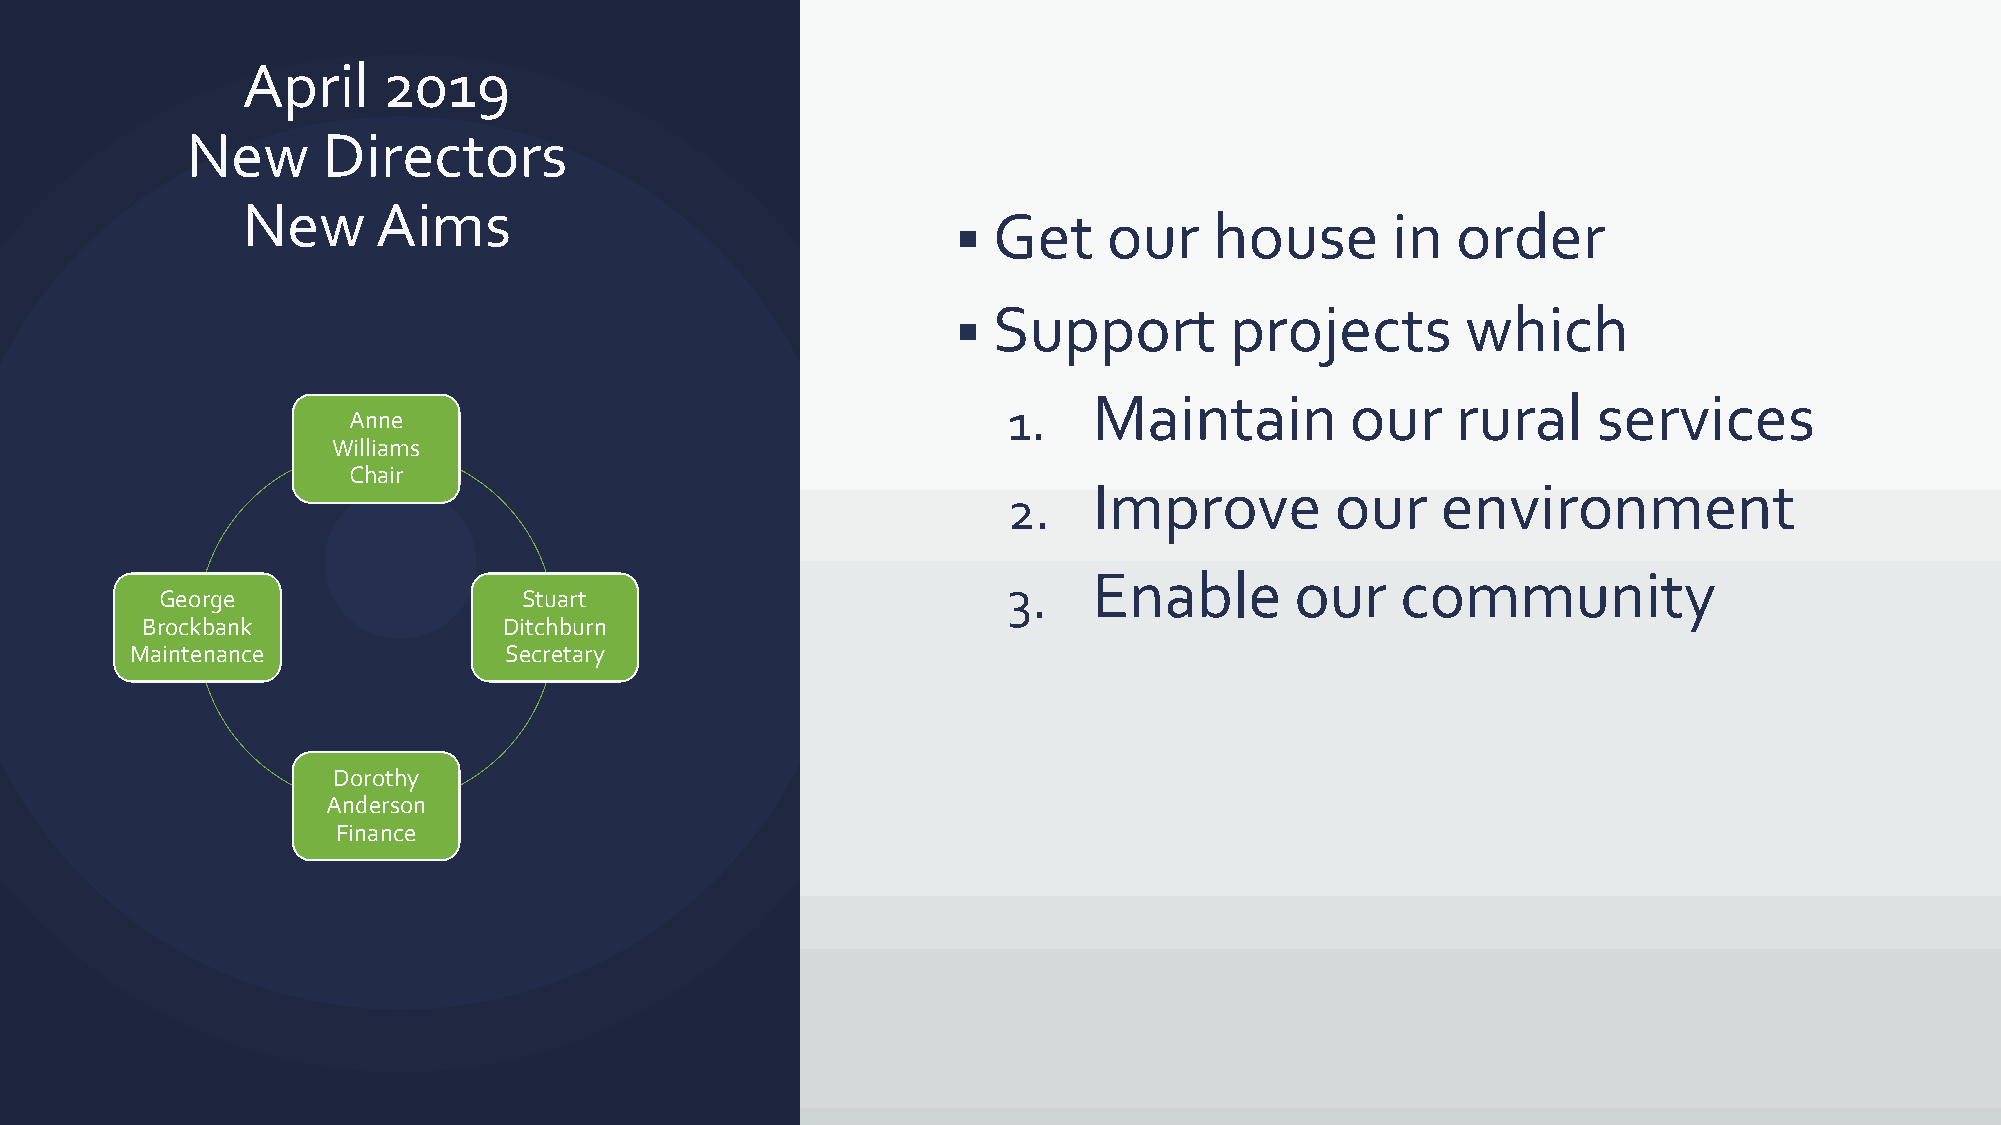
April    2019
 New      Directors
 New      Aims
 Get    our    house       in  order
 ▪
 Support        projects        which
 ▪
 Maintain         our    rural     services
 1.
 Anne
 Williams
 Chair
 Improve         our    environment
 2.
 Enable        our    community
 3.
 George                  Stuart
 Brockbank               Ditchburn
 Maintenance             Secretary
 Dorothy
 Anderson
 Finance